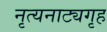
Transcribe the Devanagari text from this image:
नृत्यनाट्यगृह